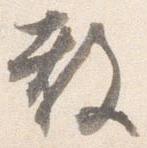
教